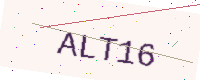
Text: ALT16